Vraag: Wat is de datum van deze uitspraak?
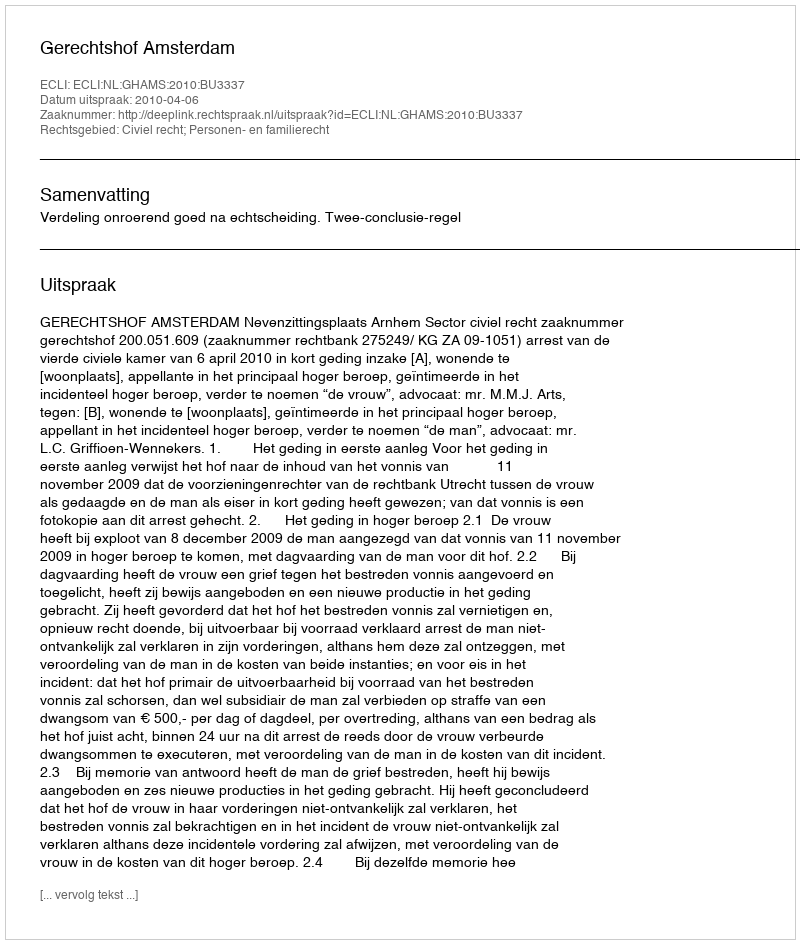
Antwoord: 2010-04-06